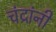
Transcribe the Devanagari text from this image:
चंद्रांनी